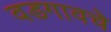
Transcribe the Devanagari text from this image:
वडगावचे